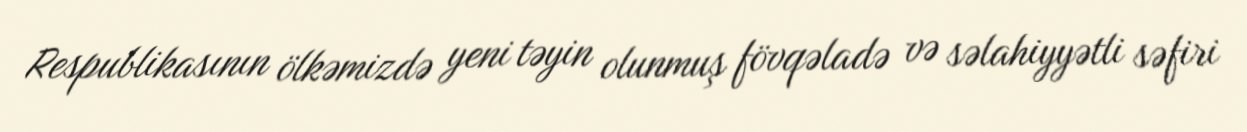
Respublikasının ölkəmizdə yeni təyin olunmuş fövqəladə və səlahiyyətli səfiri